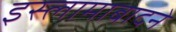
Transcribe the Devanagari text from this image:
इस्लामाबादने